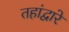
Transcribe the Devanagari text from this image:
तहांद्वारे